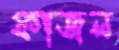
ফাজল